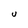
Character: U